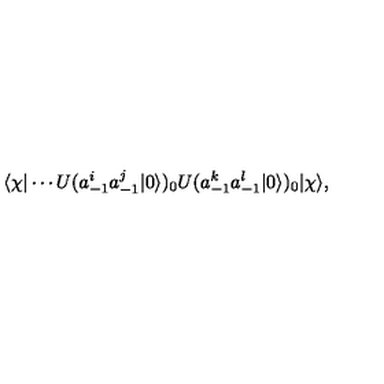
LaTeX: \langle \chi | \cdots U ( a _ { - 1 } ^ { i } a _ { - 1 } ^ { j } | 0 \rangle ) _ { 0 } U ( a _ { - 1 } ^ { k } a _ { - 1 } ^ { l } | 0 \rangle ) _ { 0 } | \chi \rangle ,